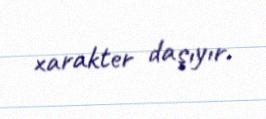
xarakter daşıyır.